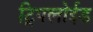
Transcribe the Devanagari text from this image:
ट्रिपलोईड